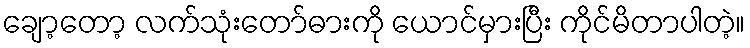
ချော့တော့ လက်သုံးတော်ဓားကို ယောင်မှားပြီး ကိုင်မိတာပါတဲ့။